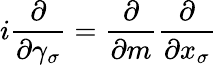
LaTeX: i\frac{\partial}{\partial\gamma_{\sigma}}=\frac{\partial}{\partial m}\frac{\partial}{\partial x_{\sigma}}